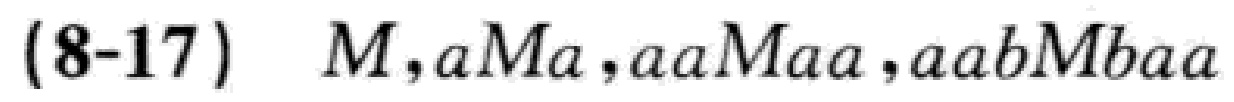
(8-17) \(M,aMa,aaMaa,aabMbaa\)